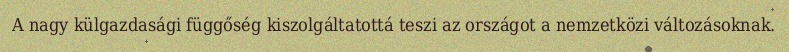
A nagy külgazdasági függőség kiszolgáltatottá teszi az országot a nemzetközi változásoknak.